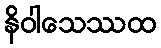
နိဝါသေဿထ